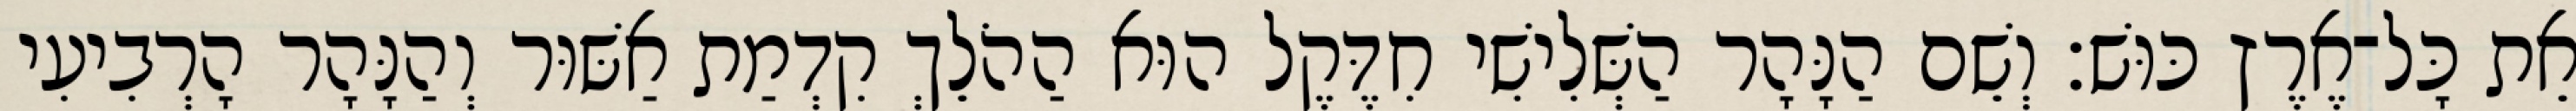
אֵת כָּל־אֶרֶץ כּוּשׁ׃ וְשֵׁם הַנָּהָר הַשְּׁלִישִׁי חִדֶּקֶל הוּא הַהֹלֵךְ קִדְמַת אַשּׁוּר וְהַנָּהָר הָרְבִיעִי